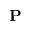
\mathbf { P }